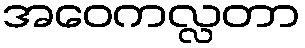
အဝေကလ္လတာ